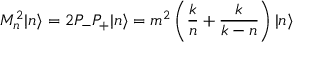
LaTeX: M _ { n } ^ { 2 } | n \rangle = 2 P _ { - } P _ { + } | n \rangle = { m ^ { 2 } } \left( { \frac { k } { n } } + { \frac { k } { k - n } } \right) | n \rangle